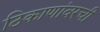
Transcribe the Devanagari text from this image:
ठिकाणांवरची